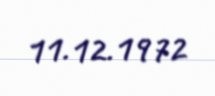
11.12.1972